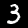
Label: 3